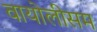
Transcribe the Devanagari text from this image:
वायोलीसम